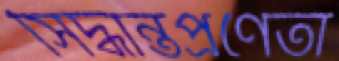
সিদ্ধান্তপ্রণেতা